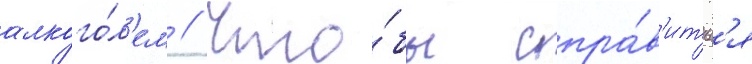
алкого́л'ем // Что́бы спра́в'итьс'я